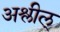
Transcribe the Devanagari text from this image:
अश्लील्